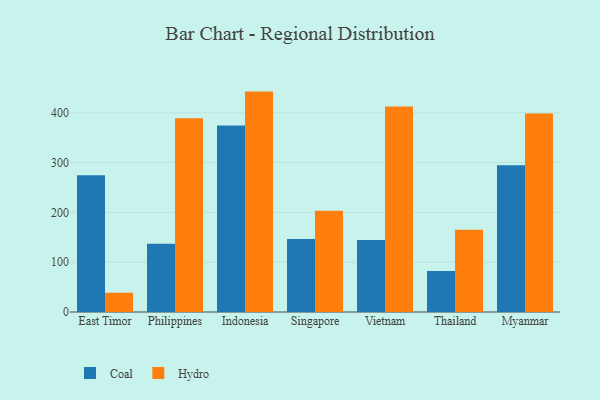
{"axis": {"x": "Country", "y": "Production Output"}, "legend": ["Coal", "Hydro"], "data": [{"x": "East Timor", "y": 274.7, "type": "Coal"}, {"x": "East Timor", "y": 38.7, "type": "Hydro"}, {"x": "Philippines", "y": 137.2, "type": "Coal"}, {"x": "Philippines", "y": 389.3, "type": "Hydro"}, {"x": "Indonesia", "y": 374.7, "type": "Coal"}, {"x": "Indonesia", "y": 442.6, "type": "Hydro"}, {"x": "Singapore", "y": 146.8, "type": "Coal"}, {"x": "Singapore", "y": 203.5, "type": "Hydro"}, {"x": "Vietnam", "y": 144.6, "type": "Coal"}, {"x": "Vietnam", "y": 412.8, "type": "Hydro"}, {"x": "Thailand", "y": 82.5, "type": "Coal"}, {"x": "Thailand", "y": 165.3, "type": "Hydro"}, {"x": "Myanmar", "y": 294.7, "type": "Coal"}, {"x": "Myanmar", "y": 398.4, "type": "Hydro"}]}